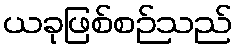
ယခုဖြစ်စဉ်သည်